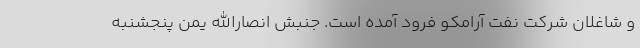
و شاغلان شرکت نفت آرامکو فرود آمده است. جنبش انصارالله یمن پنجشنبه